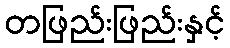
တဖြည်းဖြည်းနှင့်